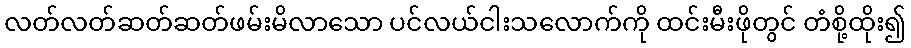
လတ်လတ်ဆတ်ဆတ်ဖမ်းမိလာသော ပင်လယ်ငါးသလောက်ကို ထင်းမီးဖိုတွင် တံစို့ထိုး၍